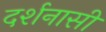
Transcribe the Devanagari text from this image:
दर्शनासी